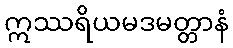
ဣဿရိယမဒမတ္တာနံ